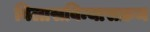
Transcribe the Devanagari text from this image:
विलासविन्यासक्रम